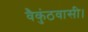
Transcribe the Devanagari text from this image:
वैकुंठवासी।